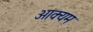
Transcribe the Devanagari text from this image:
आक्यम